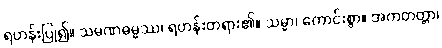
ရဟန်းပြု၍။ သမဏဓမ္မဿ၊ ရဟန်းတရား၏။ သမ္မာ၊ ကောင်းစွာ။ အကတတ္တာ၊